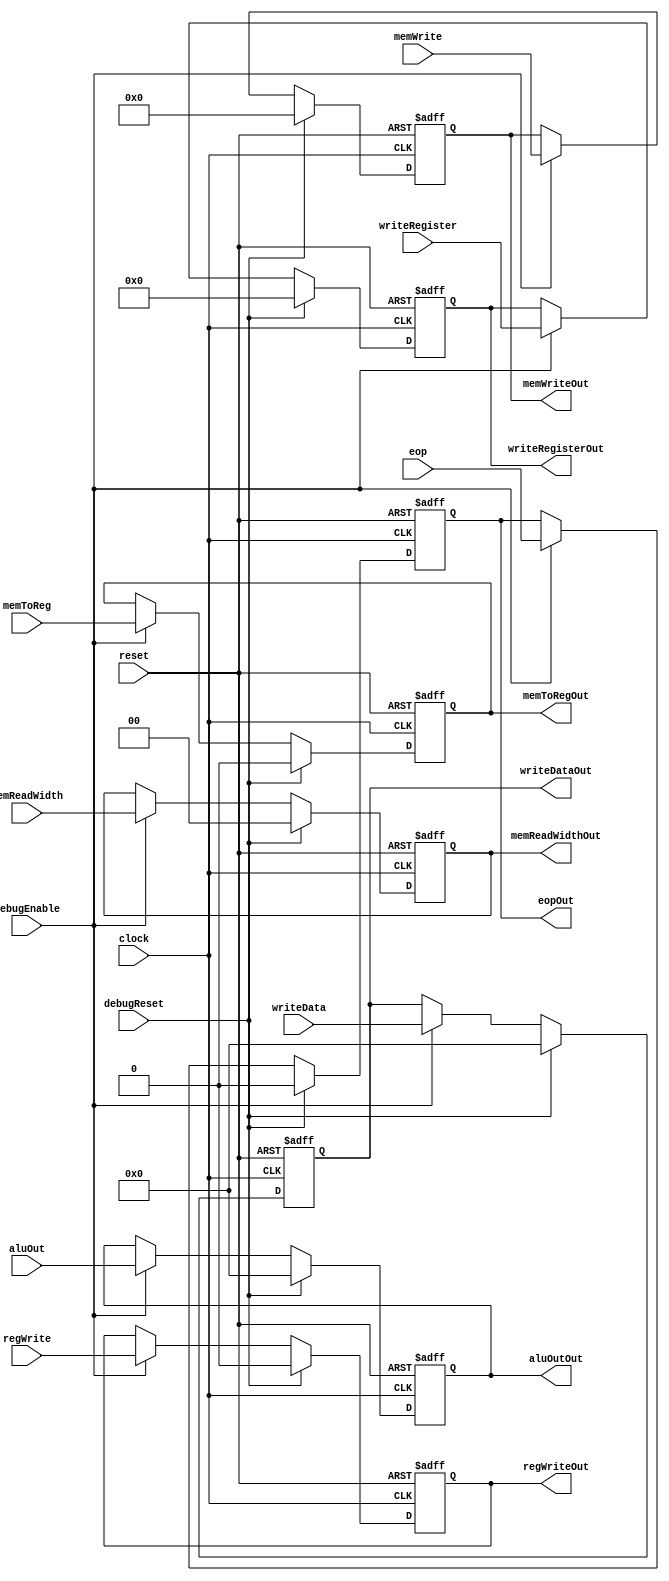
module EX_MEM(
		input clock,
		input reset,
		input debugEnable,
		input debugReset,
		input[4:0] writeRegister,
		input[31:0] writeData,
		input[31:0] aluOut,
		input regWrite,
		input memToReg,
		input [3:0]memWrite,
		input [1:0] memReadWidth,
		input eop,
		
		output reg[4:0] writeRegisterOut,
		output reg[31:0] writeDataOut,
		output reg[31:0] aluOutOut,
		output reg regWriteOut,
		output reg memToRegOut,
		output reg [3:0]memWriteOut,
		output reg [1:0] memReadWidthOut,
		output reg eopOut
		
    );
	 
	 always @(negedge clock,posedge reset)begin
		if(reset)begin
			writeRegisterOut<=0;
			writeDataOut<=0;
			aluOutOut<=0;
			regWriteOut<=0;
			memToRegOut<=0;
			memWriteOut<=0;
			memReadWidthOut<=0;
			eopOut<=0;
		end
		else if(debugReset)begin
			writeRegisterOut<=0;
			writeDataOut<=0;
			aluOutOut<=0;
			regWriteOut<=0;
			memToRegOut<=0;
			memWriteOut<=0;
			memReadWidthOut<=0;
			eopOut<=0;
		end
		else if(debugEnable) begin
			writeRegisterOut<=writeRegister;
			writeDataOut<=writeData;
			aluOutOut<=aluOut;
			regWriteOut<=regWrite;
			memToRegOut<=memToReg;
			memWriteOut<=memWrite;
			memReadWidthOut<=memReadWidth;
			eopOut<=eop;
		end
		
	 end


endmodule